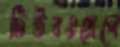
টিউবওয়েলে